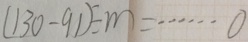
( 1 3 0 - 9 1 ) \div m = \cdots 0